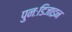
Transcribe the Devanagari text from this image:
पुनःडिजाइन